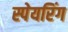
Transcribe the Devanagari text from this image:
स्पेयरिंग